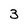
Character: 3